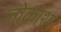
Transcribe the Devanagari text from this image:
लोकाशा